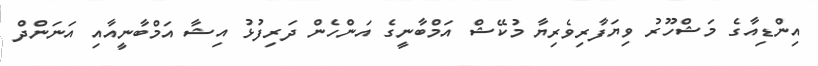
އިންޑިއާގެ މަޝްހޫރު ވިޔަފާރިވެރިޔާ މުކޭޝް އަމްބާނީގެ އަންހެން ދަރިފުޅު އިޝާ އަމްބާނީއާއި އަނަންދް